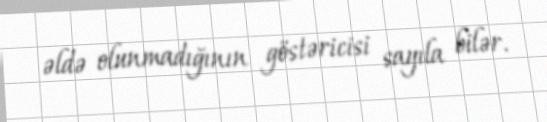
əldə olunmadığının göstəricisi sayıla bilər.